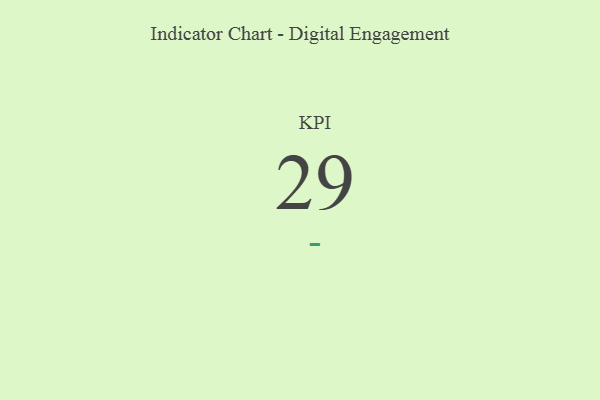
{"axis": {"x": "KPI", "y": "Value"}, "legend": [""], "data": [{"x": "KPI", "y": 29, "type": ""}]}